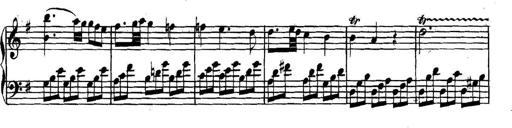
Title: Collected Piano Sonatas
Composer: Muzio Clementi